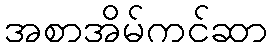
အစာအိမ်ကင်ဆာ